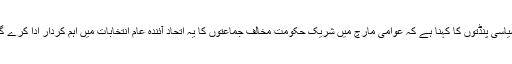
سیاسی پنڈتوں کا کہنا ہے کہ عوامی مارچ میں شریک حکومت مخالف جماعتوں کا یہ اتحاد آئندہ عام انتخابات میں اہم کردار ادا کرے گا۔